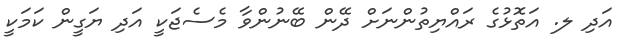
އަދި ލ. އަތޮޅުގެ ރައްޔިތުންނަށް ދޭން ބޭނުންވާ މެސެޖަކީ އަދި ޔަގީން ކަމަކީ